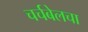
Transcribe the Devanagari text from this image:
चर्चबेलचा